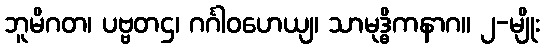
ဘူမိဂတ၊ ပဗ္ဗတဌ၊ ဂင်္ဂါဝဟေယျ၊ သာမုဒ္ဓိကနာဂ။ ၂-မျိုး